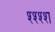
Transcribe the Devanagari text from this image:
श्श्श्श